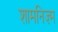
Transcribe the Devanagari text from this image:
शामनिज़्म